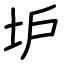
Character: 𡉴